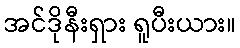
အင်ဒိုနီးရှား ရူပီးယား။